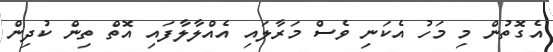
އެގޮތުން މި މަހު އެކަނި ވެސް މަރާލައި އެއްލާލާފައި އޮތް ތިން ކުދިން